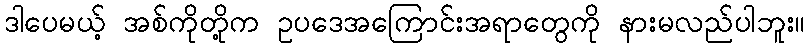
ဒါပေမယ့် အစ်ကိုတို့က ဥပဒေအကြောင်းအရာတွေကို နားမလည်ပါဘူး။